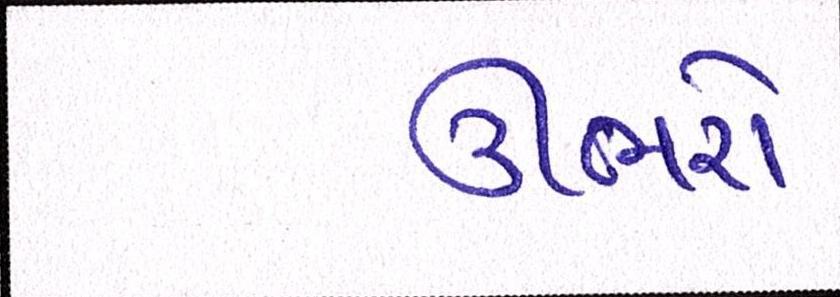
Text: ઊભરો